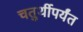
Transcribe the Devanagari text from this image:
चतुर्थीपर्यंत